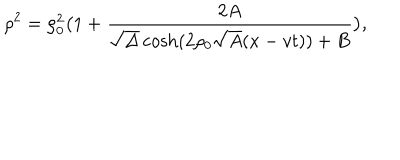
LaTeX: \rho ^ { 2 } = \rho _ { 0 } ^ { 2 } \bigl ( 1 + { \frac { 2 A } { \sqrt { \Delta } \cosh ( 2 \rho _ { 0 } \sqrt { A } ( x - v t ) ) + B } } \bigr ) ,